King Institute of Preventive Medicine Micro-Biological Section reports 1912-19
Year: 1912
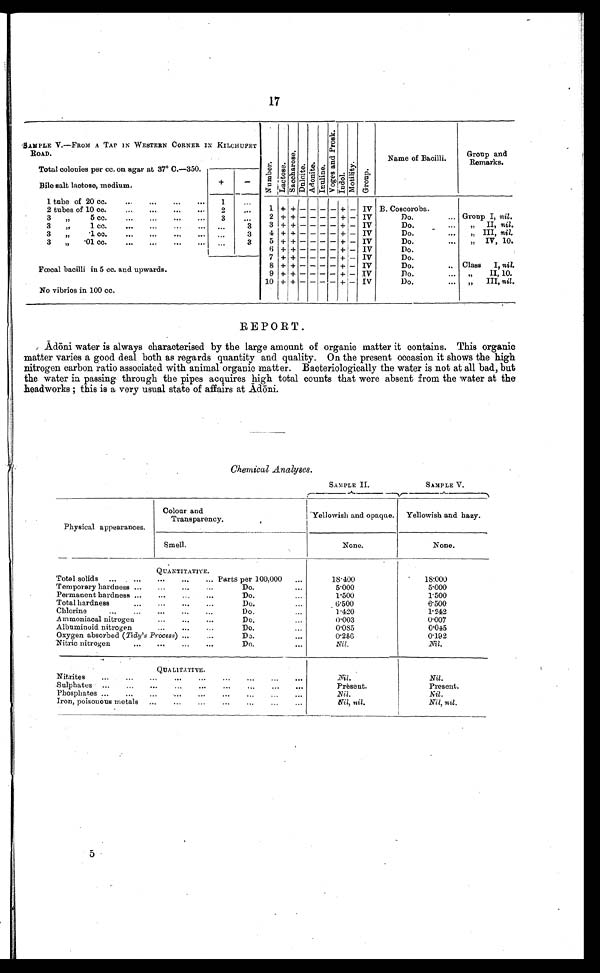
SAMPLE II.
SAMPLE V.
17
SAMPLE V.—FROM A TAP IN WESTERN CORNER IN KILCHUPET
ROAD.
Total colonies per cc. on agar at 37° C.—350.
Numbe r . Lact os e.
Saochros e.
Du l n i t e . Adoni te. Inuline.
Vo g e s a n d p r o s k .
I ndol . MOt i l i t y.
G r o u p .
Name of Bacilli.
Group and
Remarks.
Bile salt lactose, medium
+
-
1 tube of 20 cc.
...
...
..
...
1
..
1 + +
-
- - - + -
IV B. Coscoroba.
2 tubes of 10 cc.
..
...
2
...
2 + + - - - - + -
IV
Do.
,.. Group I, nil .
3
" 5cc. ... ... ...
3
...
3 + + - - - - + -
IV
Do.
II, nil .
3
"
1 cc.
..
...
3
4 + + - - - - + -
IV
Do.
...
„ III, nil.
3
" . 1 cc.
...
66
...
..
. .
3
5 + + - - - - + -
IV
Do.
...
„
IV, 10.
3
„
.01 cc. ... ... ...
...
3
6 + + - - - - + -
IV
Do.
7 + + - - - - + -
IV
Do.
Fcecal bacilli in 5 cc. and upwards.
No vibrios in 100 cc.
8 + + - - - - + -
IV
Do.
.. Class
I, nil.
9 + + - - - - + -
IV
Do.
II, 10.
10 + + - -
-
- + -
IV
Do.
III, nil.
REPORT
Adoni water is always characterised by the large amount of organic matter it contains. This organic
matter varies a good deal both as regards quantity and quality. On the present occasion it shows the high
nitrogen carbon ratio associated with animal organic matter. Bacteriologically the water is not at all bad, but
the water in passing through the pipes acquires high total counts that were absent from the water at the
headworks ; this is a very usual state of affairs at Adoni.
Chemical Analyses.
Physical appearances.
Colour and
Transparency.
Yellowish and opaque.
Yellowish and hazy.
Smell.
None.
None.
QUANTITATIVE.
Total solids
...
...
...
...
... Parts per 100,000
...
18.400
18.000
Temporary hardness ...
...
...
Do.
...
5.000
5.000
Permanent hardness ...
...
...
...
Do.
...
1.500
1.500
Total hardness
...
...
..
...
Do.
...
6.500
6.500
Chlorine
...
...
...
...
...
Do.
.
1.420
1.242
A mmoniaoal nitrogen
...
...
...
Do.
...
0.003
0.007
Albuminoid nitrogen
...
...
...
Do.
...
0.085
0.045
Oxygen absorbed ( Tidy's Process) ...
...
Do.
...
0.256
0.192
Nitric nitrogen
...
...
Do.
...
Nil.
Nil.
QUALITATIVE.
Nitrites
...
...
...
..
...
...
...
...
004
N i l .
Nil.
Sulphates
...
...
...
...
...
...
...
...
Present.
Present.
Phosphates ...
...
...
...
...
...
...
...
...
Nil.
Nil.
Iron, poisonous metals
...
...
...
...
...
...
...
Nil, nil.
Nil, nil.